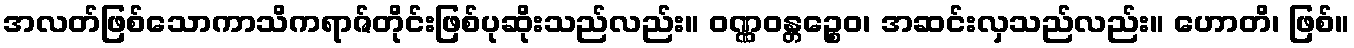
အလတ်ဖြစ်သောကာသိကရာဇ်တိုင်းဖြစ်ပုဆိုးသည်လည်း။ ဝဏ္ဏဝန္တဉ္စေဝ၊ အဆင်းလှသည်လည်း။ ဟောတိ၊ ဖြစ်။